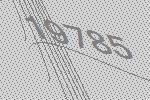
19785